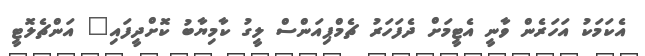
އެކަމަކު އަހަރެން ވާނީ އެޓީމަށް ދެފަހަރު ޗެމްޕިއަންސް ލީގު ކާމިޔާބު ކޮށްދީފައި" އަންޗެލޮޓީ